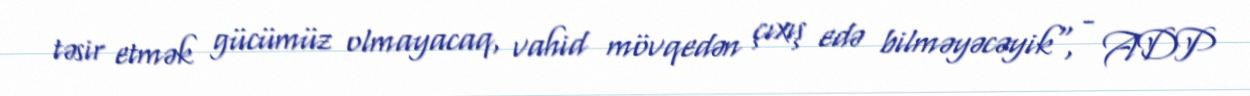
təsir etmək gücümüz olmayacaq, vahid mövqedən çıxış edə bilməyəcəyik", - ADP